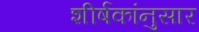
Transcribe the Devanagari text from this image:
शीर्षकांनुसार